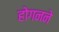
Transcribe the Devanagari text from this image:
होगनने